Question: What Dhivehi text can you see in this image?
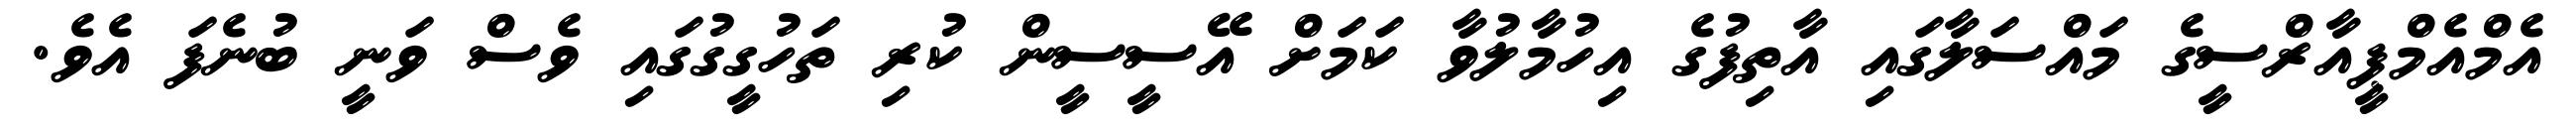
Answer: އެމްއެމްޕީއާރްސީގެ މައްސަލާގައި އާތިފުގެ އިހުމާލުވާ ކަމަށް އޭސީސީން ކުރި ތަހުގީގުގައި ވެސް ވަނީ ބުނެފަ އެވެ.